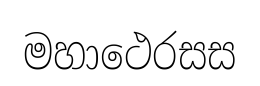
මහාථෙරසස